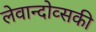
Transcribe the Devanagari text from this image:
लेवान्दोव्सकी